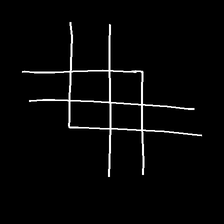
Glyph: crystal